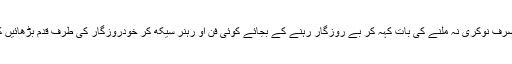
ڈی سی نے نوجوانوں سے اپیل کی کہ صرف نوکری نہ ملنے کی بات کہہ کر بے روزگار رہنے کے بجائے کوئی فن او رہنر سیکھ کر خودروزگار کی طرف قدم بڑھائیں کیونکہ اس کی بڑی اہمیت ہوا کرتی ہے۔